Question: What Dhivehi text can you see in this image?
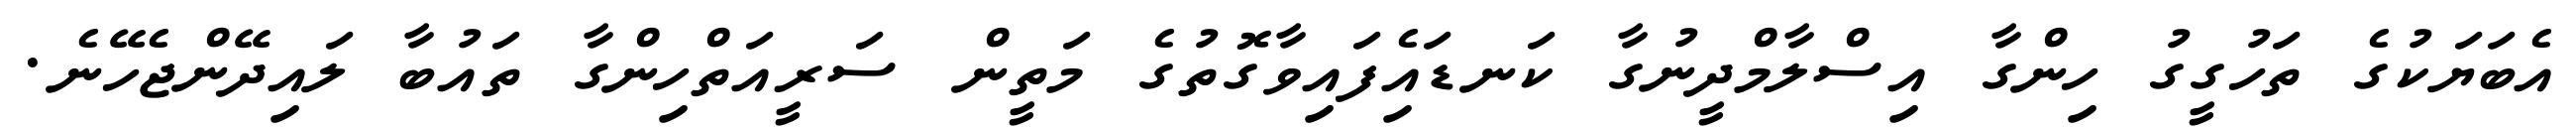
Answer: އެބަޔަކުގެ ތަހުގީގު ހިންގާ އިސްލާމްދީނުގާ ކަނޑައެިފައިވާގޮތުގެ މަތީން ސަރީއަތްހިންގާ ތައުބާ ލައިދޭންޖެހޭނެ.